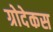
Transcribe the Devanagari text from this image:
ग्रोदेकस